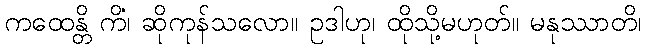
ကထေန္တိ ကိံ၊ ဆိုကုန်သလော။ ဥဒါဟု၊ ထိုသို့မဟုတ်။ မနုဿာတိ၊